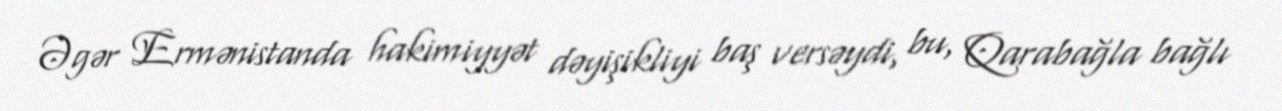
Əgər Ermənistanda hakimiyyət dəyişikliyi baş versəydi, bu, Qarabağla bağlı